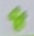
Text: 8